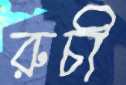
রুচী